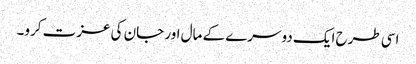
اسی طرح ایک دوسرے کے مال اور جان کی عزت کرو۔